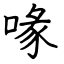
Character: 喙